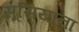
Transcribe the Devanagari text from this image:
सूसियाना